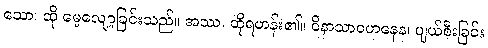
သော၊ ထို မေ့လျော့ခြင်းသည်။ အဿ၊ ထိုရဟန်း၏။ ဝိနာသာဝဟနေန၊ ပျယ်စီးခြင်း